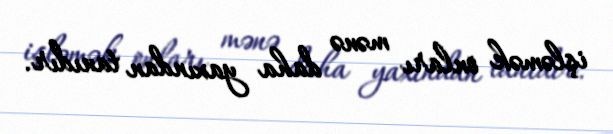
işləmək onları mənə daha yaxından tanıdır.